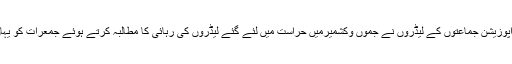
کانگریس سمیت کئی اپوزیشن جماعتوں کے لیڈروں نے جموں وکشمیرمیں حراست میں لئے گئے لیڈروں کی رہائی کا مطالبہ کرتے ہوئے جمعرات کو یہاں احتجاج بھی کیا تھا۔